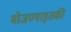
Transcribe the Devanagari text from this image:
मोजण्याइतकी